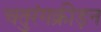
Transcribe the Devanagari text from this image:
चतुरंगक्रीड़न